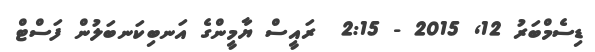
ޑިސެމްބަރު 12